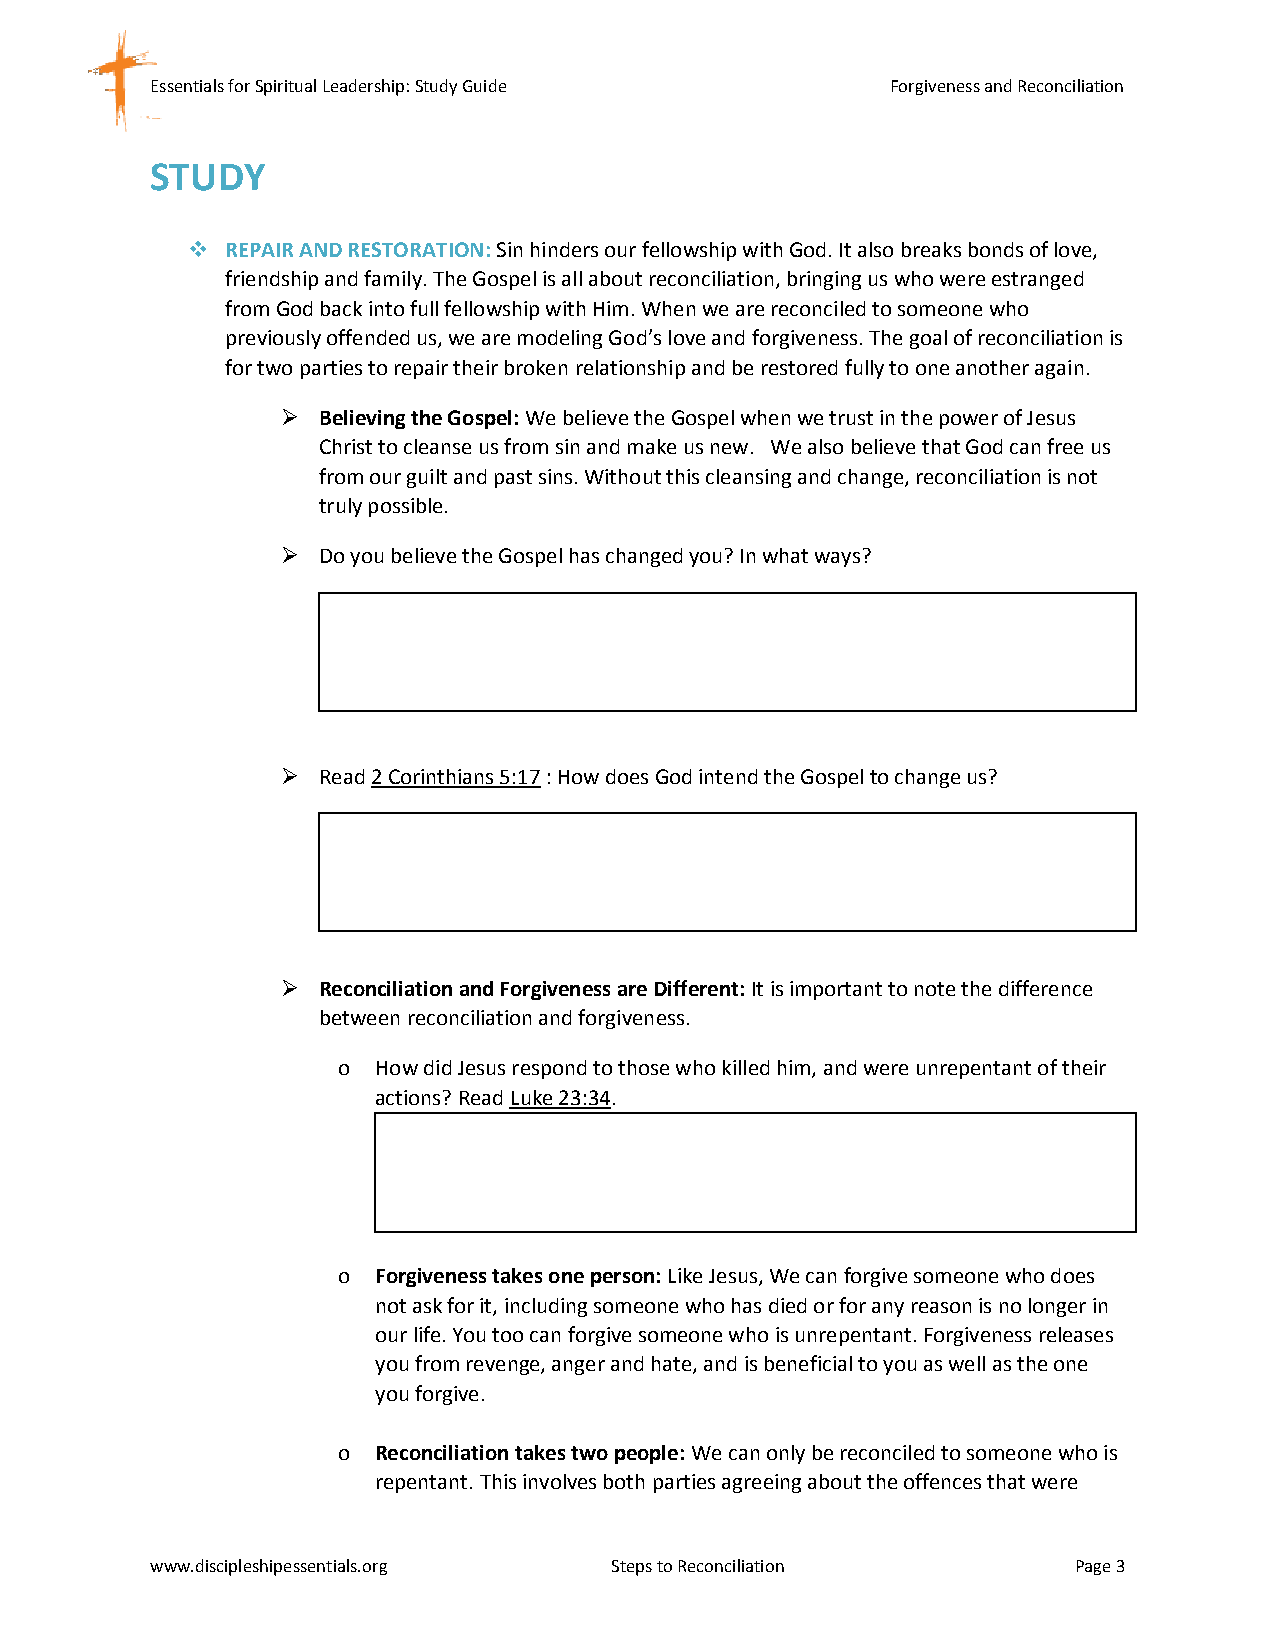
Essentials for Spiritual Leadership: Study Guide Forgiveness and Reconciliation
 STUDY
   REPAIR AND RESTORATION: Sin hinders our fellowship with God. It also breaks bonds of love,
 friendship and family. The Gospel is all about reconciliation, bringing us who were estranged
 from God back into full fellowship with Him. When we are reconciled to someone who
 previously offended us, we are modeling God’s love and forgiveness. The goal of reconciliation is
 for two parties to repair their broken relationship and be restored fully to one another again.
  Believing the Gospel: We believe the Gospel when we trust in the power of Jesus
 Christ to cleanse us from sin and make us new. We also believe that God can free us
 from our guilt and past sins. Without this cleansing and change, reconciliation is not
 truly possible.
  Do you believe the Gospel has changed you? In what ways?
  Read 2 Corinthians 5:17 : How does God intend the Gospel to change us?
  Reconciliation and Forgiveness are Different: It is important to note the difference
 between reconciliation and forgiveness.
 o  How did Jesus respond to those who killed him, and were unrepentant of their
 actions? Read Luke 23:34.
 o  Forgiveness takes one person: Like Jesus, We can forgive someone who does
 not ask for it, including someone who has died or for any reason is no longer in
 our life. You too can forgive someone who is unrepentant. Forgiveness releases
 you from revenge, anger and hate, and is beneficial to you as well as the one
 you forgive.
 o  Reconciliation takes two people: We can only be reconciled to someone who is
 repentant. This involves both parties agreeing about the offences that were
 www.discipleshipessentials.org Steps to Reconciliation       Page 3